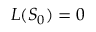
L ( S _ { 0 } ) = 0